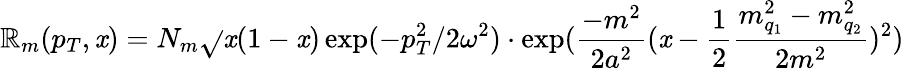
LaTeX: \mathbb{R}_{m}(p_{T},\mathit{x})=N_{m}\sqrt{}{{\mathit{x}(1-\mathit{x})}}\exp(-p_{T}^{2}/2\omega^{2})\cdot\exp({\frac{{-m^{2}}}{{2a^{2}}}}(\mathit{x}-{\frac{{1}}{{2}}}{\frac{{m_{q_{1}}^{2}-m_{q_{2}}^{2}}}{{2m^{2}}}})^{2})